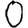
Digit: 0